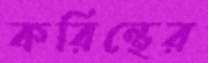
করিন্থের